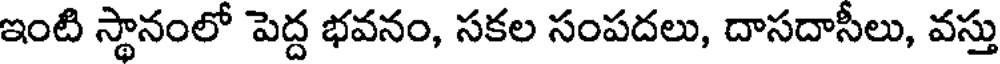
ఇంటి స్థానంలో పెద్ద భవనం, సకల సంపదలు, దాసదాసీలు, వస్తు